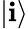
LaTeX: \left|\mathbf{i}\right\rangle